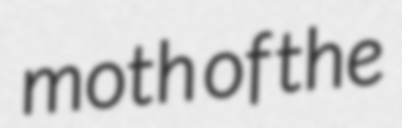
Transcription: moth of the